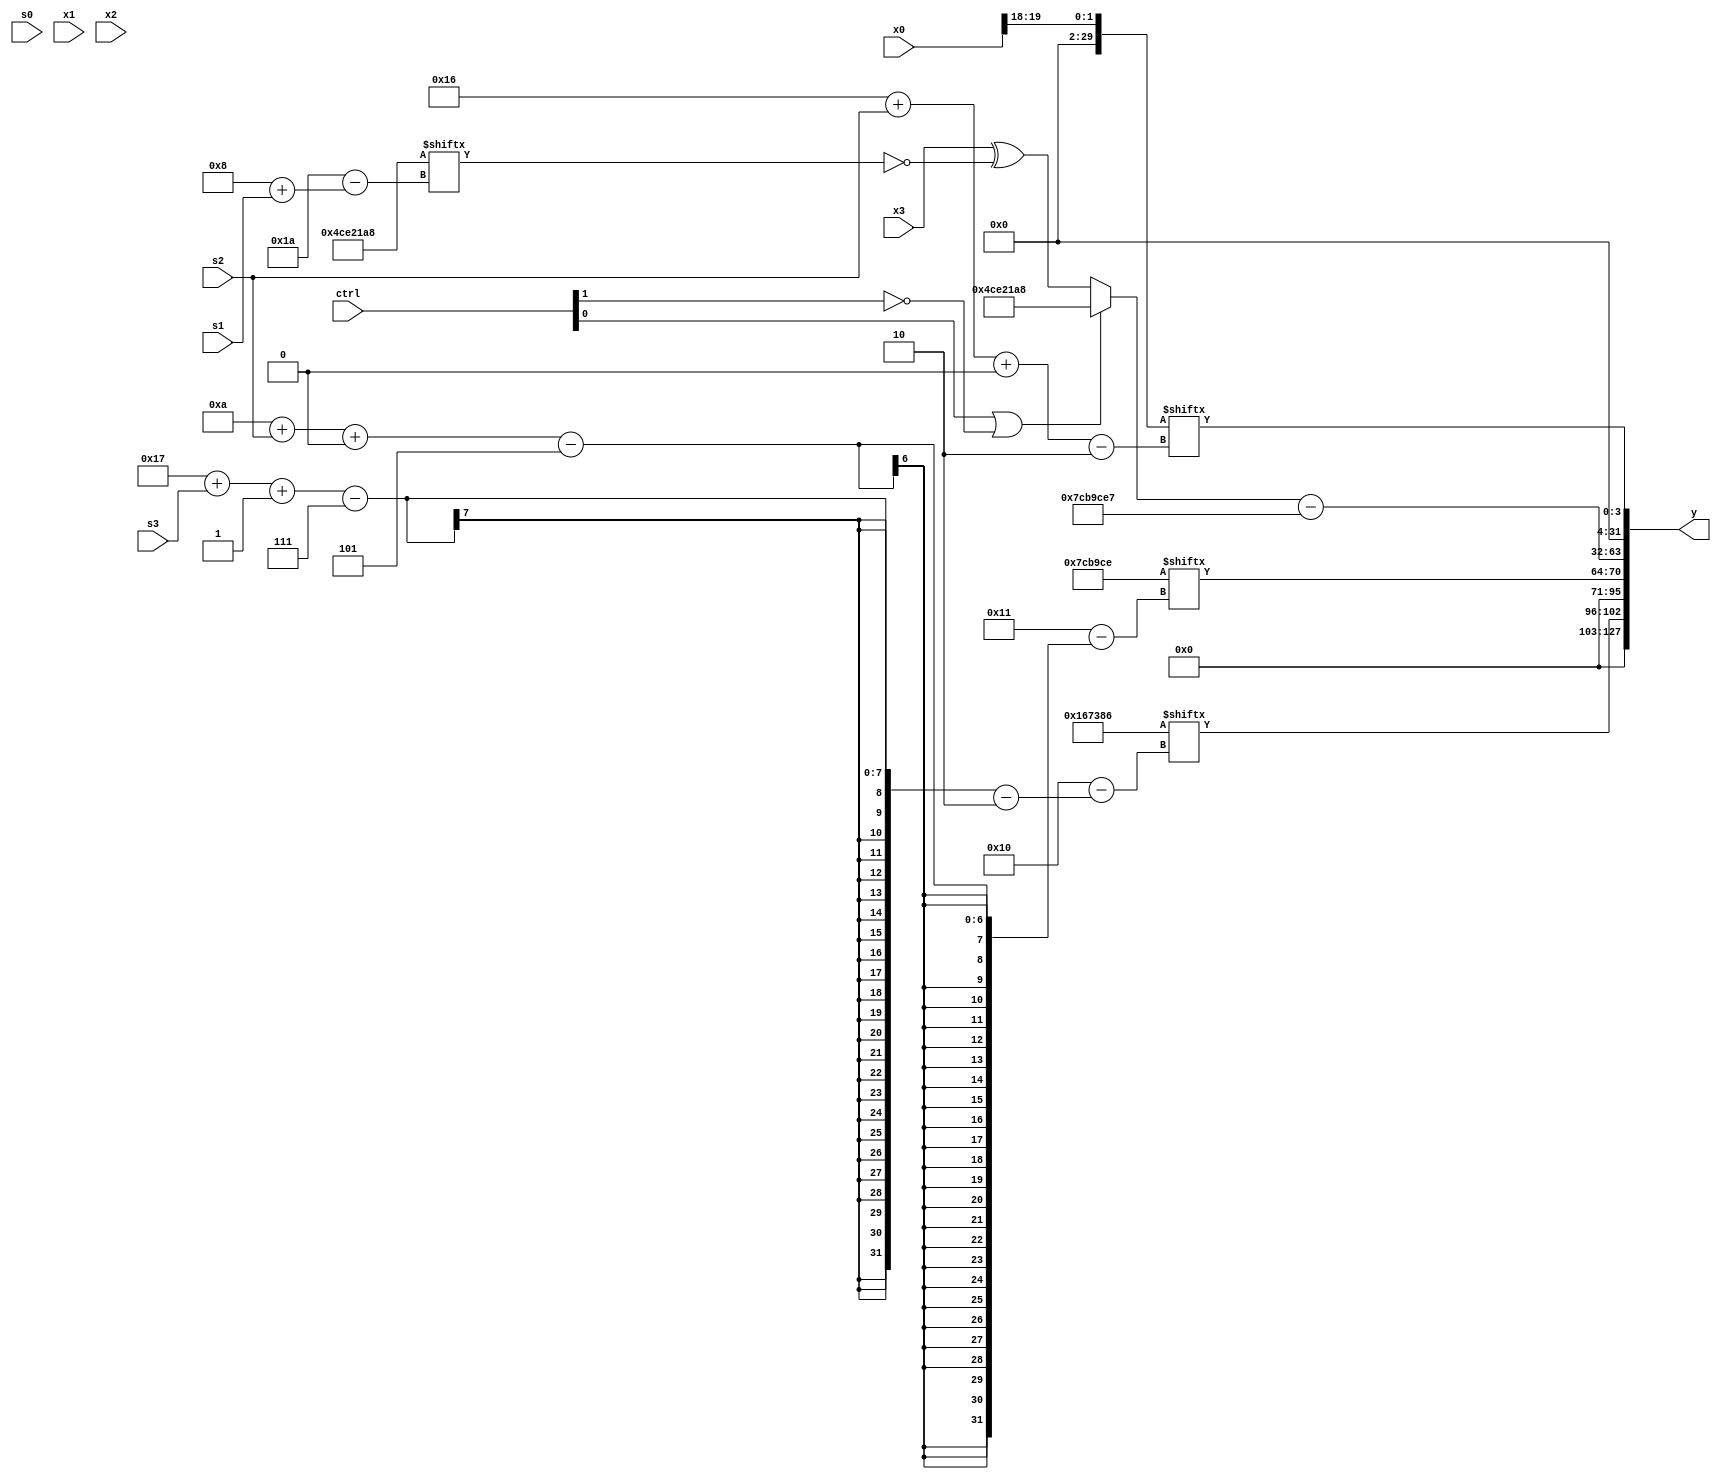
module partsel_00353(ctrl, s0, s1, s2, s3, x0, x1, x2, x3, y);
  input [3:0] ctrl;
  input [2:0] s0;
  input [2:0] s1;
  input [2:0] s2;
  input [2:0] s3;
  input signed [31:0] x0;
  input signed [31:0] x1;
  input signed [31:0] x2;
  input signed [31:0] x3;
  wire [25:1] x4;
  wire signed [2:31] x5;
  wire signed [3:30] x6;
  wire [3:27] x7;
  wire signed [31:2] x8;
  wire signed [31:5] x9;
  wire [30:6] x10;
  wire [25:7] x11;
  wire [28:0] x12;
  wire signed [31:4] x13;
  wire signed [4:31] x14;
  wire [31:6] x15;
  output [127:0] y;
  wire signed [31:0] y0;
  wire [31:0] y1;
  wire signed [31:0] y2;
  wire signed [31:0] y3;
  assign y = {y0,y1,y2,y3};
  localparam signed [2:25] p0 = 240974845;
  localparam signed [0:26] p1 = 214835624;
  localparam signed [5:28] p2 = 947698126;
  localparam signed [2:24] p3 = 471233414;
  assign x4 = p2[9 +: 3];
  assign x5 = p1[23 -: 1];
  assign x6 = (!ctrl[1] || ctrl[0] || !ctrl[0] ? (p0[16 +: 4] & {(p0 - {2{x2[11]}}), {((x4[26 + s1 +: 4] & p1[20 -: 1]) + (x1 ^ p2)), {p3[12], p0[16 -: 2]}}}) : (!ctrl[1] && !ctrl[3] || ctrl[3] ? (p0 + p2) : p3[13]));
  assign x7 = x5[23 -: 3];
  assign x8 = x0[19 -: 2];
  assign x9 = (p0 | x0[16 + s0]);
  assign x10 = ({(!ctrl[3] || ctrl[3] || ctrl[1] ? p0[15 +: 3] : (ctrl[0] || !ctrl[1] || !ctrl[0] ? {2{(p2 + x9[13 + s2 +: 2])}} : p2)), (p0[13 -: 1] + (p2[1 + s2 -: 4] | p1[0 + s1 -: 8]))} & ({2{{{2{p0[26 + s3 -: 5]}}, (p1 ^ (x3 - x1))}}} ^ x8[16]));
  assign x11 = x4[12 -: 4];
  assign x12 = ((x7 - p2) | p1[12 + s0 -: 7]);
  assign x13 = ({x2[18 +: 1], (((x2 ^ p2[19 +: 4]) & x10[19 +: 3]) | x3[6 + s3])} - p2[17 -: 2]);
  assign x14 = p2;
  assign x15 = ({2{((x6 - x5[13 + s1 -: 4]) & ((x10[9 + s3 -: 7] | p1[25 + s0 -: 7]) ^ x8[9 + s1]))}} | x1[13 +: 1]);
  assign y0 = p3[23 + s3 -: 7];
  assign y1 = p2[10 + s2 +: 7];
  assign y2 = ((ctrl[0] || !ctrl[1] && !ctrl[1] ? p1 : {p2[6 + s3 +: 1], {x10[20 -: 1], (x3 ^ (p2[8] ^ p1[8 + s1]))}}) - {p2, (p0[12 +: 3] + ((ctrl[2] || !ctrl[0] || ctrl[0] ? p2[5 + s2] : p1[20]) & (p1[8 +: 4] & p3[8 +: 4])))});
  assign y3 = x8[22 + s2 +: 4];
endmodule